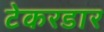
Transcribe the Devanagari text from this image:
टेकरडार